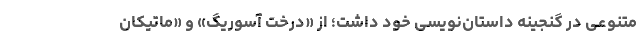
متنوعی در گنجینه داستان‌نویسی خود داشت؛ از «درخت آسوریگ» و «ماتیکانِ